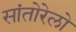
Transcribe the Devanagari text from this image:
सांतोरेलो